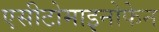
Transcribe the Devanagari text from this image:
एसीटोमाइनोफेन